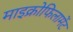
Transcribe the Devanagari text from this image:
माइक्रोफिलामेंट